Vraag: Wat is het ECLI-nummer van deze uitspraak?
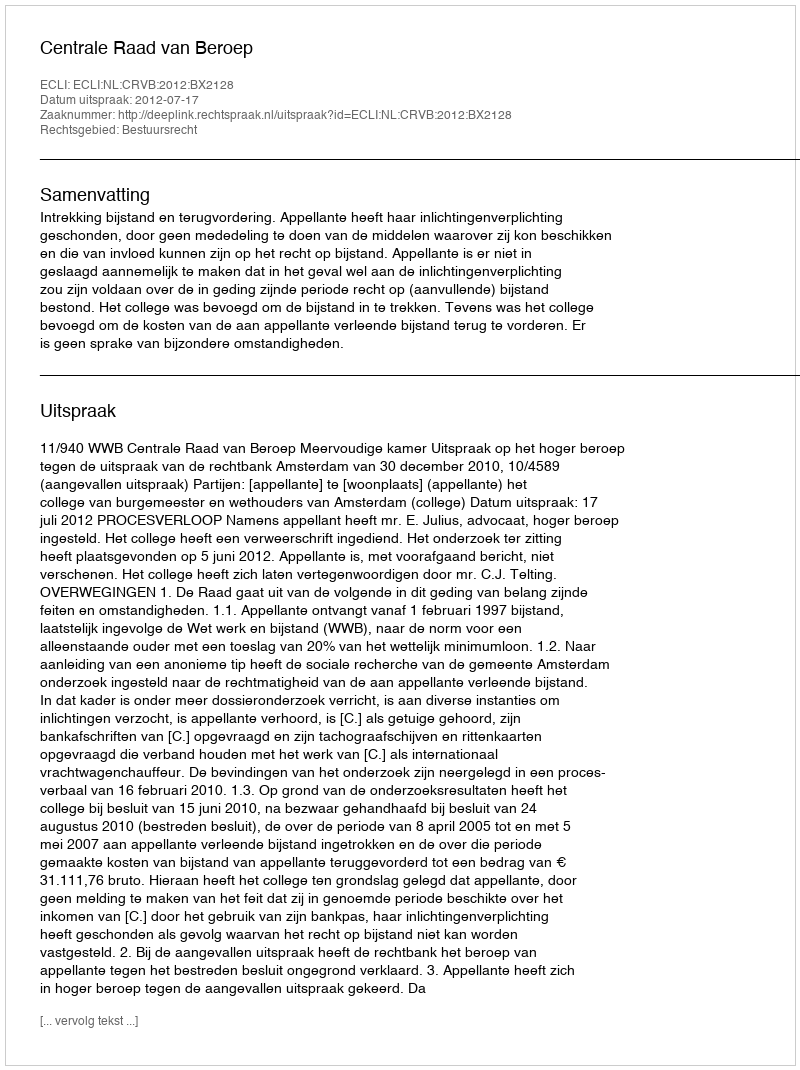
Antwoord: ECLI:NL:CRVB:2012:BX2128